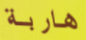
هاربة